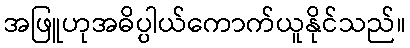
အဖြူဟုအဓိပ္ပါယ်ကောက်ယူနိုင်သည်။